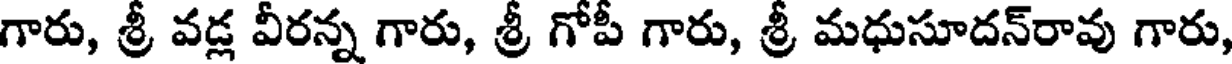
గారు, శ్రీ వడ్ల వీరన్న గారు, శ్రీ గోపీ గారు, శ్రీ మధుసూదన్రావు గారు,